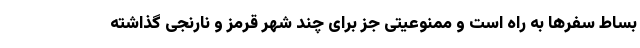
بساط سفرها به راه است و ممنوعیتی جز برای چند شهر قرمز و نارنجی گذاشته